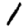
Digit: 1